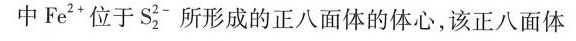
中Fe^{2+}位于S_{2}^{2-}；”所形成的正八面体的体心，该正八面体